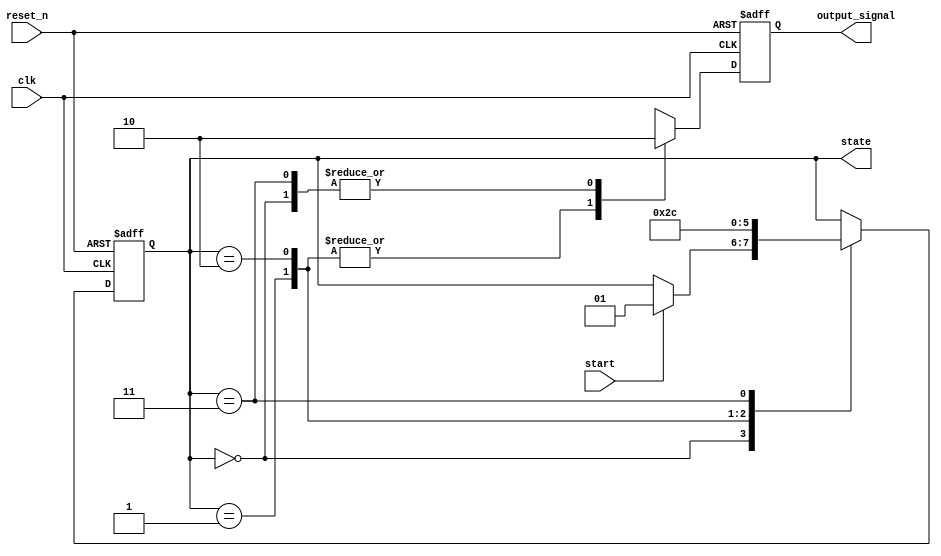
module fsm_default_state_initialization (
    input wire clk,         // Clock signal
    input wire reset_n,     // Active-low reset signal
    input wire start,       // Input signal to transition states
    output reg [1:0] state, // State variable (2 bits for 4 states)
    output reg output_signal // Some output driven by the FSM
);

    // State encoding
    localparam IDLE    = 2'b00; // Idle state
    localparam STATE1  = 2'b01; // State 1
    localparam STATE2  = 2'b10; // State 2
    localparam STATE3  = 2'b11; // State 3

    // Default State Initialization
    always @(posedge clk or negedge reset_n) begin
        if (!reset_n) begin
            // Reset condition: Initialize state and output
            state <= IDLE;           // Set state to IDLE
            output_signal <= 1'b0;   // Initialize output to low
        end else begin
            // State transition logic
            case (state)
                IDLE: begin
                    if (start) begin
                        state <= STATE1; // Transition to STATE1
                    end
                end
                STATE1: begin
                    // Some conditions to transition to next state
                    state <= STATE2; // Transition to STATE2
                end
                STATE2: begin
                    // Some conditions to transition to next state
                    state <= STATE3; // Transition to STATE3
                end
                STATE3: begin
                    // Some conditions to return to IDLE or reset
                    state <= IDLE; // Transition back to IDLE
                end
                default: begin
                    state <= IDLE; // Fallback to IDLE on unexpected case
                end
            endcase
            
            // Example of output logic based on state
            case (state)
                IDLE: output_signal <= 1'b0;
                STATE1: output_signal <= 1'b1;
                STATE2: output_signal <= 1'b1;
                STATE3: output_signal <= 1'b0;
                default: output_signal <= 1'b0;
            endcase
        end
    end

endmodule